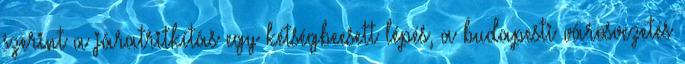
szerint a járatritkítás egy kétségbeesett lépés, a budapesti városvezetés